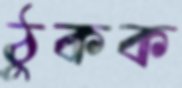
ঠুকক